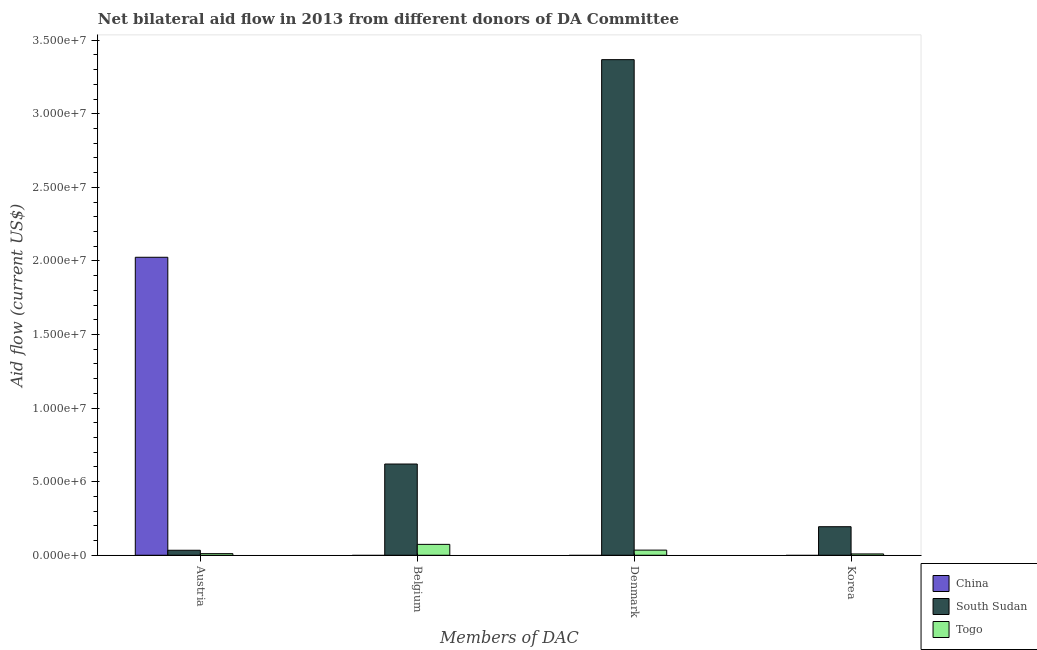
| Members of DAC | China | South Sudan | Togo |
 | --- | --- | --- | --- |
 | Austria | 2.02e+07 | 3.4e+05 | 1.1e+05 |
 | Belgium | -1.99e+06 | 6.2e+06 | 7.4e+05 |
 | Denmark | -5.72e+06 | 3.37e+07 | 3.5e+05 |
 | Korea | -1.44e+07 | 1.94e+06 | 9e+04 |